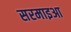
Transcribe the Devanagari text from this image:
सरमाइआ